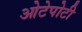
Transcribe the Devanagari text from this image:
ओटेपोटी